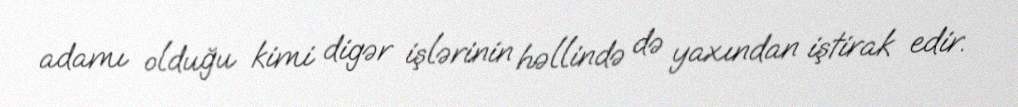
adamı olduğu kimi digər işlərinin həllində də yaxından iştirak edir.